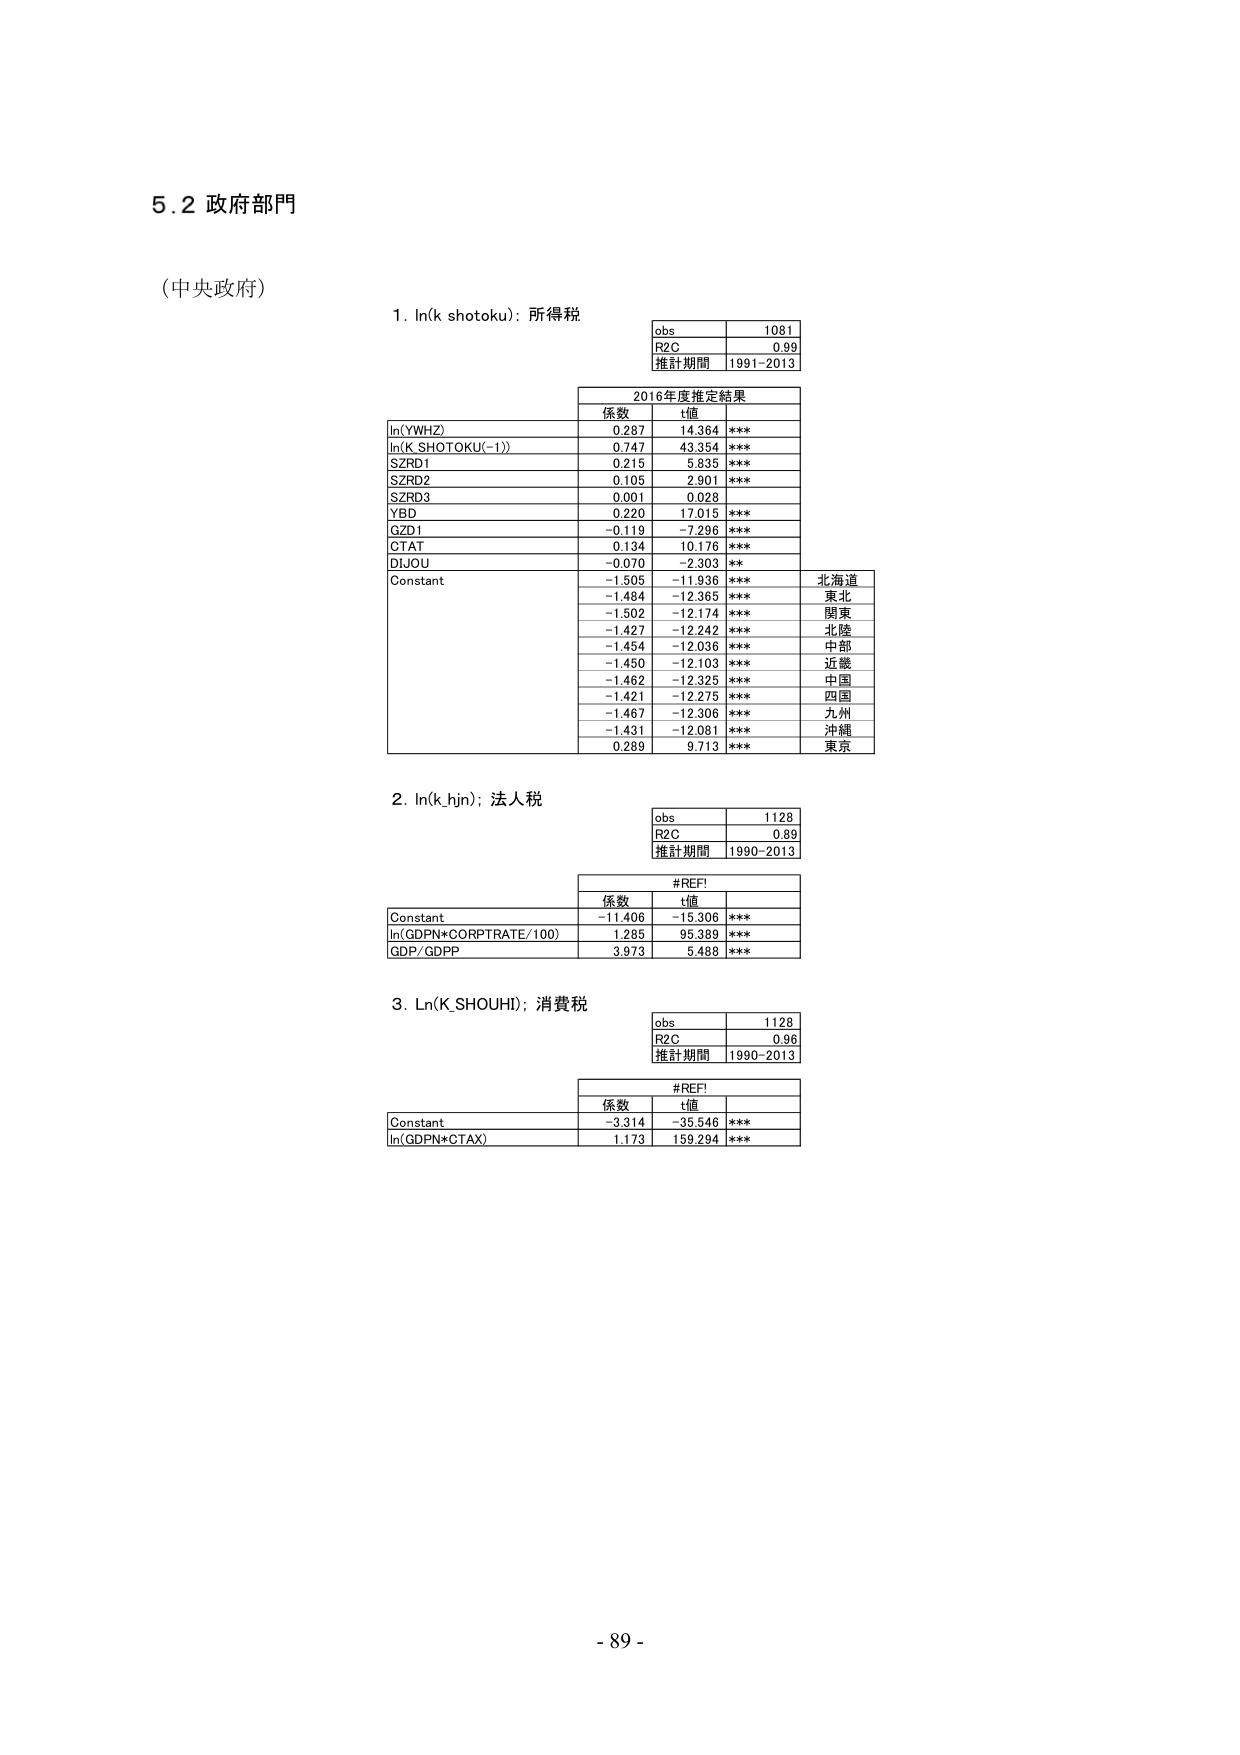
5.2 政府部門

(中央政府)

1. ln(k_shotoku): 所得税

obs 1081
R2C 0.99
推計期間 1991-2013

2016年度推定結果
係数 t値
ln(YWHZ) 0.287 14.364 ***
ln(K_SHOTOKU(-1)) 0.747 43.354 ***
SZRD1 0.215 5.835 ***
SZRD2 0.105 2.901 ***
SZRD3 0.001 0.028
YBD 0.220 17.015 ***
GZD1 -0.119 -7.296 ***
CTAT 0.134 10.176 ***
DIJOU -0.070 -2.303 **
Constant -1.505 -11.936 *** 北海道
-1.484 -12.365 *** 東北
-1.502 -12.174 *** 関東
-1.427 -12.242 *** 北陸
-1.454 -12.036 *** 中部
-1.450 -12.103 *** 近畿
-1.462 -12.325 *** 中国
-1.421 -12.275 *** 四国
-1.467 -12.306 *** 九州
-1.431 -12.081 *** 沖縄
0.289 9.713 *** 東京

2. ln(k_hjin): 法人税

obs 1128
R2C 0.89
推計期間 1990-2013

#REF!
係数 t値
Constant -11.406 -15.306 ***
ln(GDPN*CORPTRATE/100) 1.285 95.389 ***
GDP/GDPP 3.973 5.488 ***

3. Ln(K_SHOUHI): 消費税

obs 1128
R2C 0.96
推計期間 1990-2013

#REF!
係数 t値
Constant -3.314 -35.546 ***
ln(GDPN*CTAX) 1.173 159.294 ***

- 89 -